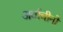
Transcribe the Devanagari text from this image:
अर्वाचीनों